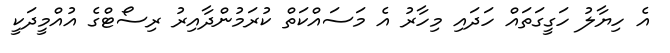
އެ ހިޔާލު ހަގީގަތައް ހަދައި މިހާރު އެ މަސައްކަތް ކުރަމުންދާއިރު ރިސޯޓްގެ އުއްމީދަކީ